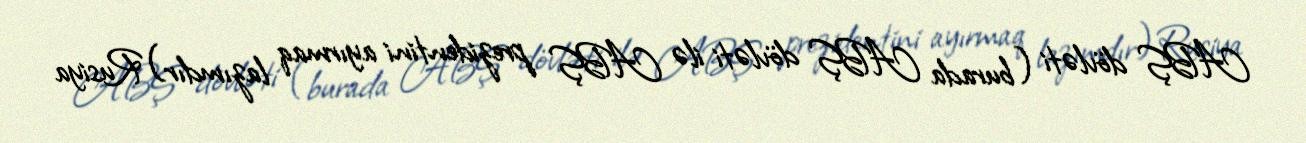
ABŞ dövləti (burada ABŞ dövləti ilə ABŞ prezidentini ayırmaq lazımdır) Rusiya